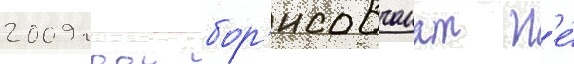
2009 году бор'исовчанам н'е́